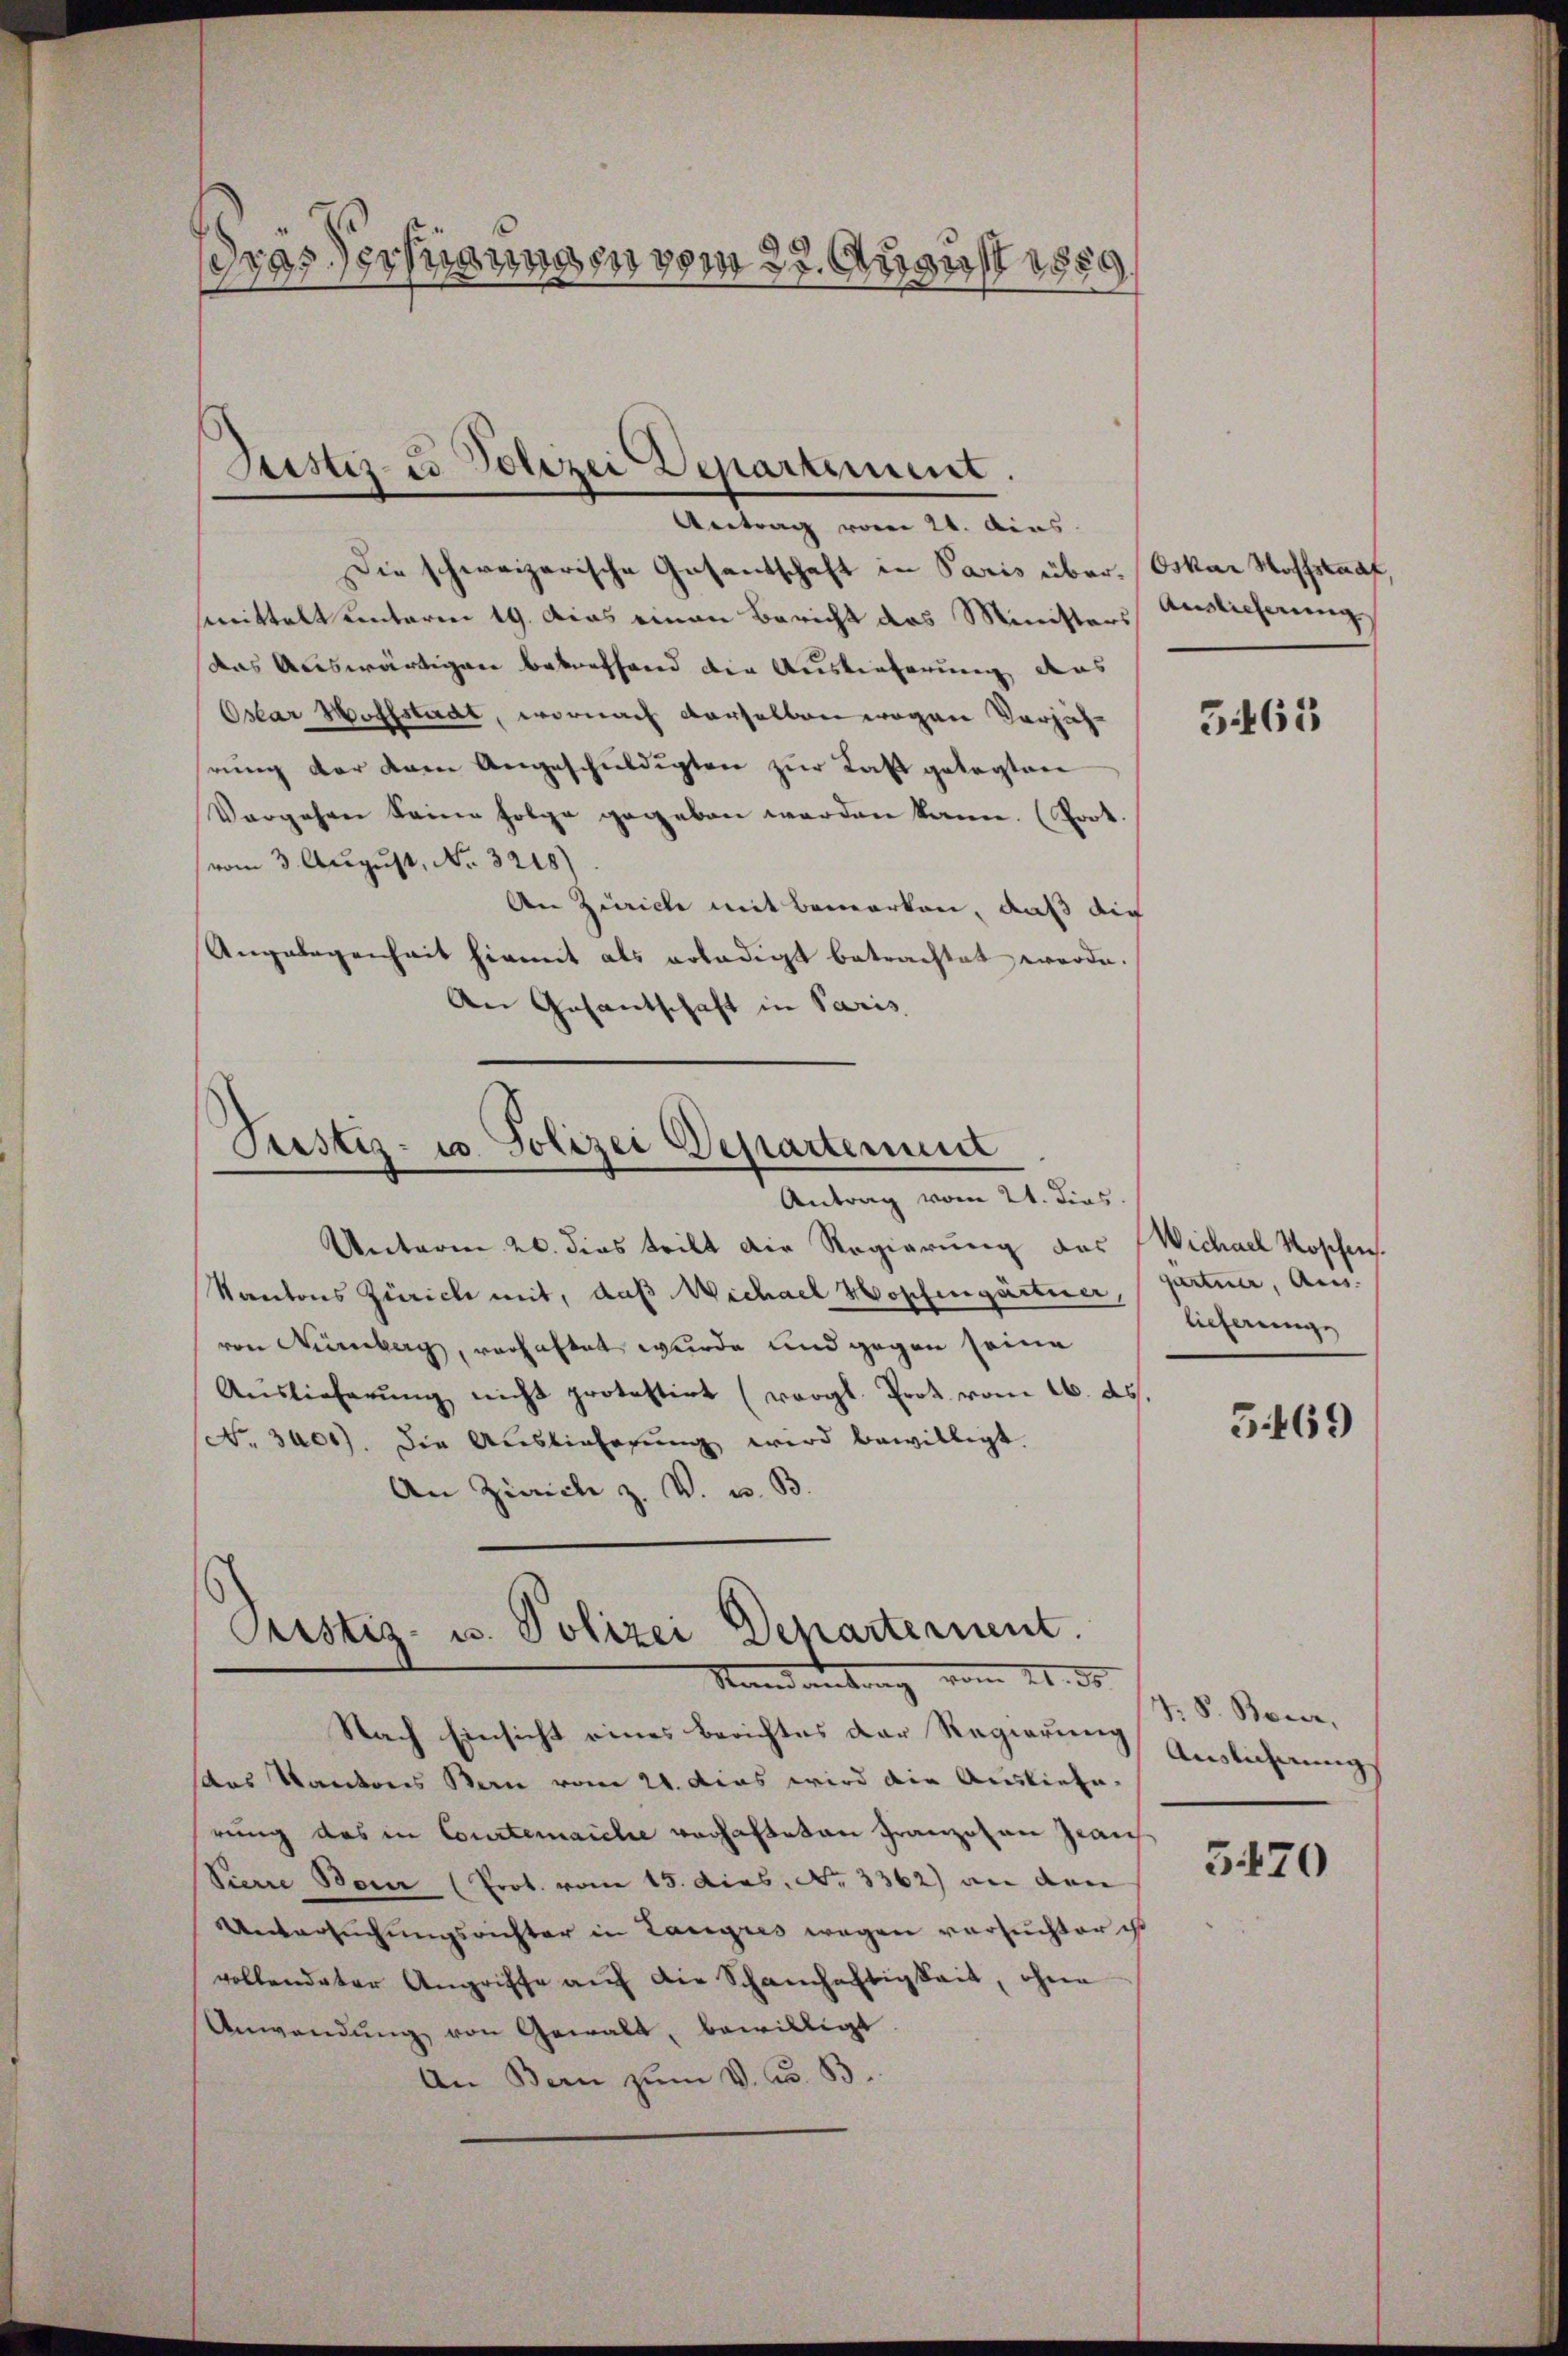
drassersnangen vom 22. August 1859

Justiz- & Polizei Departement.
Antrag vom 21. Ains.

Die schweizerische Gasantschaft in Paris über. (Oskar Soffstraf,
smittelt unterm 19. Das einen Bericht das Ministers Auslicherung
das Auswärtigen betreffend die Auslieferung des
Oslar Hoffstadt, wornach derselben wegen Versich
rung der kann Angeschuldigten zur Last gelegten
Vorgehen keine Folge gegeben werden kann. (Poot
(vom 3. August, No. 3218)
An Zürich mit bemerken, daß die
Angelegenheit hiemit als erledigt betrachtet werde.
An Gesantschaft in Paris

Justiz- u. Polizei Departement
Antrag vom 21. dies

Unterm 20. dies tritt die Regierung des Wichael Roschen.
Kantons Zürich mit, daß Wichael Wopfengärtner, partner, Anvon Nürnberg, verhaltet wurde und gegen seine
Aŭslieferŭng nicht protestirt (vergl. Prot vom 16. ds.
No. 3400). Die Auslieferŭng wird bewilligt.
An Zürich z. V. u. B.

Prustiz- u. Polizei Departement.
Randankung vom 11. ds.

Nach Einsicht eines Berichtes der Regierung
das Kantons Bern vom 21. dies wird die Auslieferung des in Courtenaiche verhalteten Franzosen Zwaich
Pierre Bonn (Prot. vom 15. dies. No. 3362) an den
Untersuchungsrichter in Langres wegen versuchter ist
vollendeter Angriffe auf die Schanhaftigkeit, ohne
Anwendung von Gewalt, bewilligt
An Bern zum V. Co. B.

5463

licherunge

5469

V. P. Bover,
Auslicherung

3470